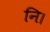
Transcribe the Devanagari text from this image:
नि।